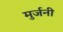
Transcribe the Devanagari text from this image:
मुर्जनी